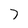
Character: 7